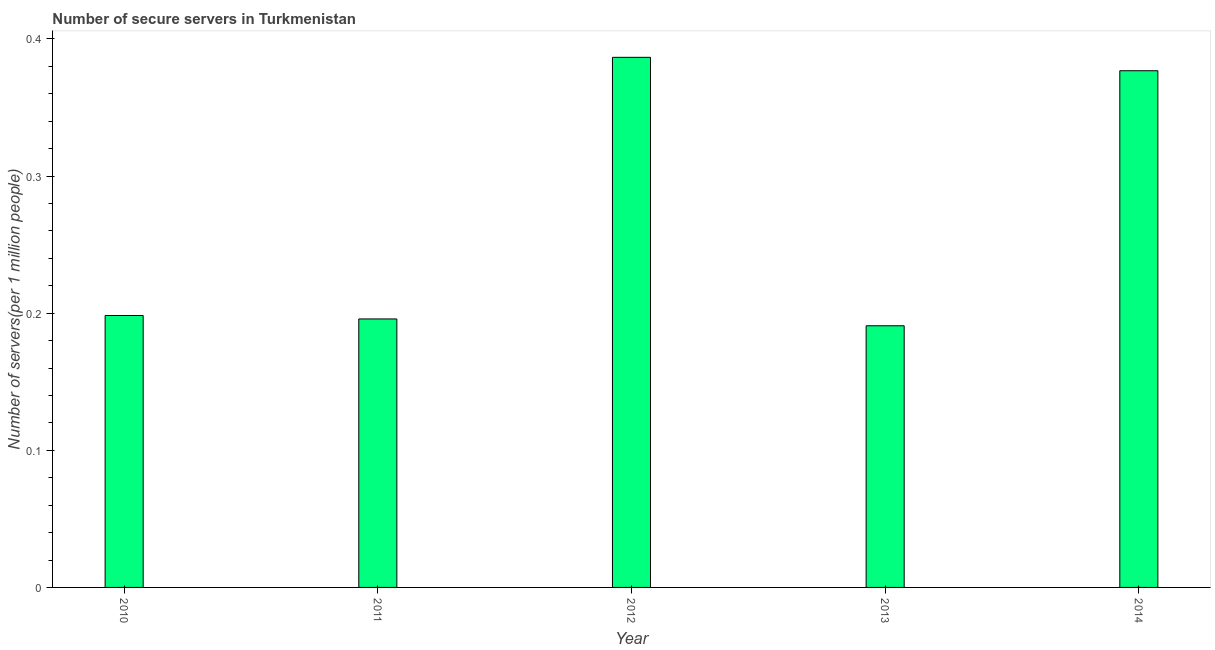
| Year | Secure Internet servers |
 | --- | --- |
 | 2010 | 0.198 |
 | 2011 | 0.196 |
 | 2012 | 0.387 |
 | 2013 | 0.191 |
 | 2014 | 0.377 |